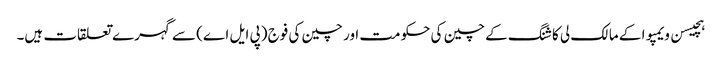
ہچیسن ویمپوا کے مالک لی کا شنگ کے چین کی حکومت اور چین کی فوج (پی ایل اے) سے گہرے تعلقات ہیں۔